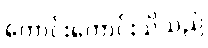
ကောင်းကောင်းသိသည်